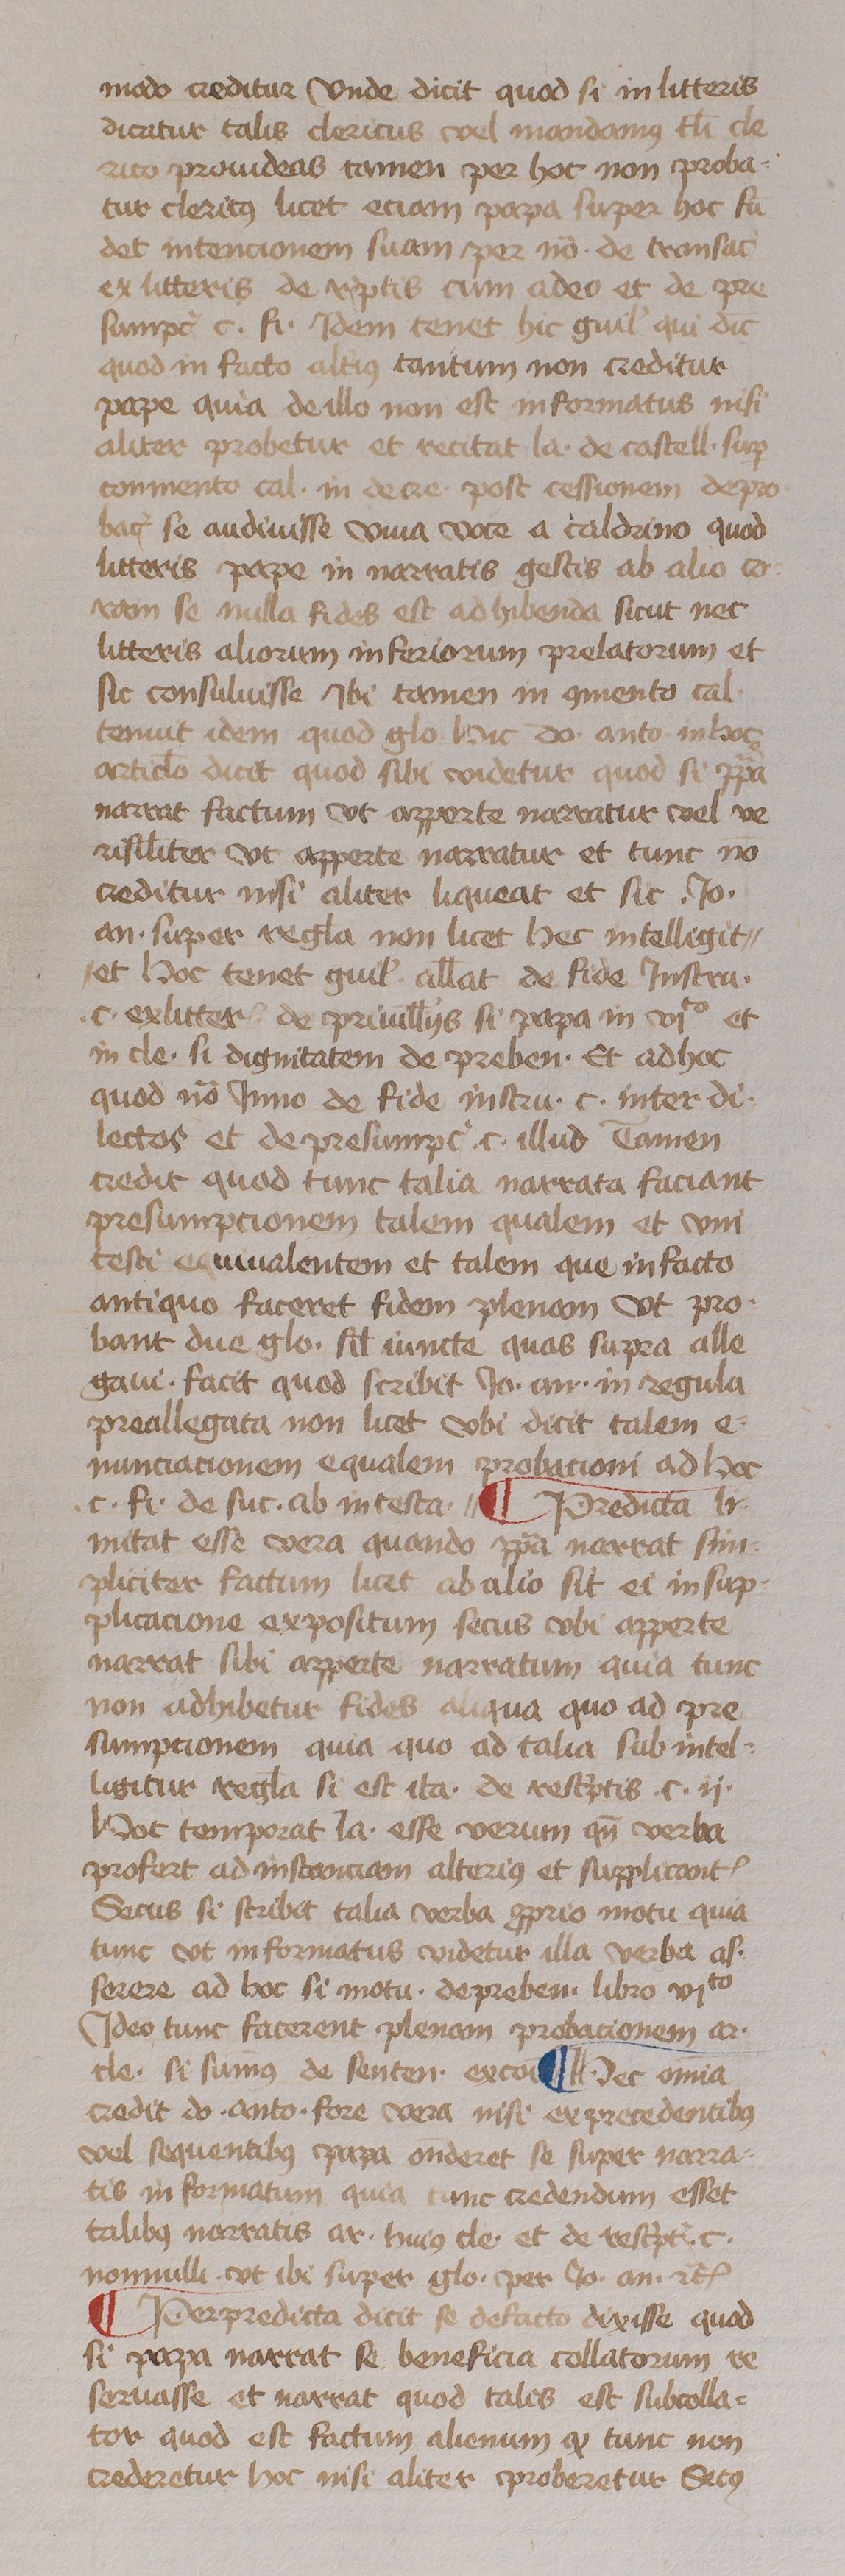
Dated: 1433–1465